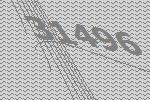
31496